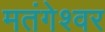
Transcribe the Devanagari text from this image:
मतंगेश्वर